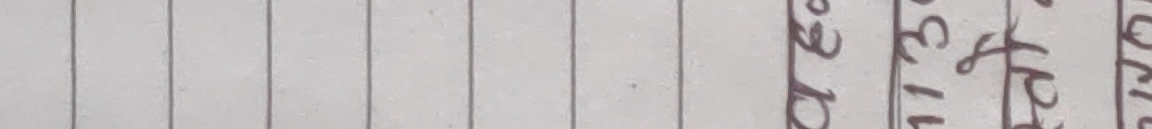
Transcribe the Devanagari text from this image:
१३द१३अ